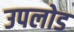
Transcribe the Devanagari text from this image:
उपलोड